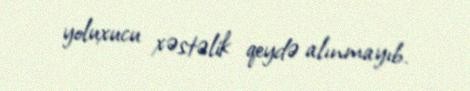
yoluxucu xəstəlik qeydə alınmayıb.